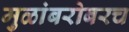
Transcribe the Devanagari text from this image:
मुळांबरोबरच